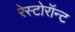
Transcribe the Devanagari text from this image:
रेस्टोरॉन्ट